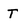
Character: T